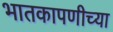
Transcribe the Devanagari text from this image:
भातकापणीच्या